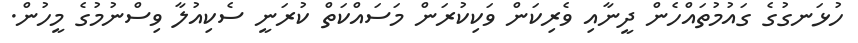
ހުޅަނގުގެ ގައުމުތައްހެން ދީނާއި ވެރިކަން ވަކިކުރަން މަސައްކަތް ކުރަނީ ސެކިއުލާ ވިސްނުމުގެ މީހުން.